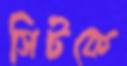
সিটকে